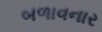
બળાવનાર